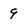
Character: 9